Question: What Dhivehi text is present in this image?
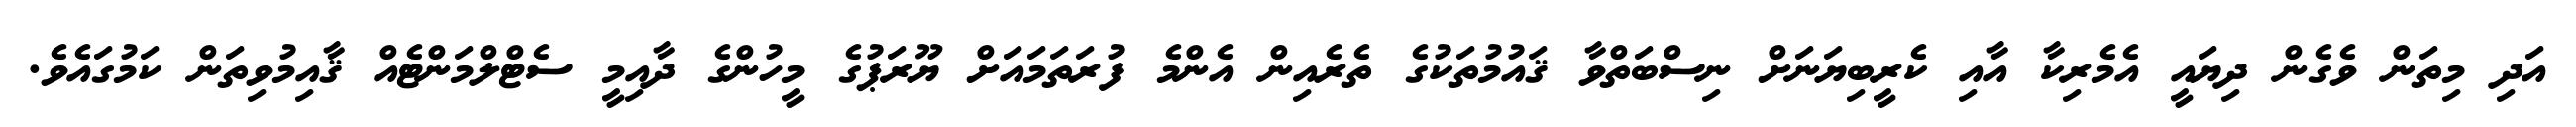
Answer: އަދި މިތަން ވެގެން ދިޔައީ އެމެރިކާ އާއި ކެރީބިޔަނަށް ނިސްބަތްވާ ޤައުމުތަކުގެ ތެރެއިން އެންމެ ފުރަތަމައަށް ޔޫރަޕުގެ މީހުންގެ ދާއިމީ ސެޓްލްމަންޓެއް ޤާއިމުވިތަން ކަމުގައެވެ.